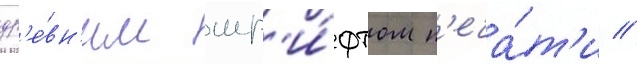
др'е́вн'им шр'и́фтом п'еча́т'и //